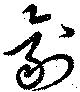
劑